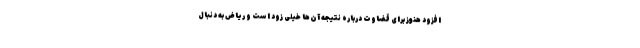
افزود هنوز برای قضاوت درباره نتیجه آن‌ها خیلی زود است و ریاض به دنبال